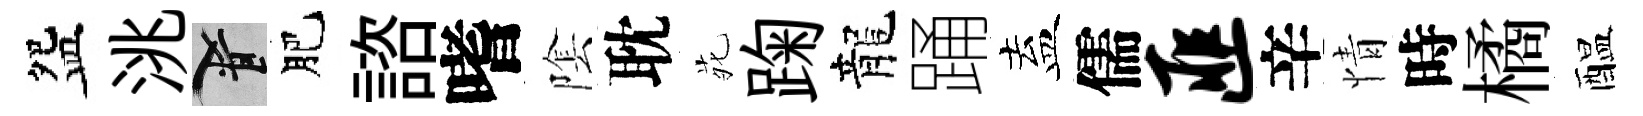
盌洮柳肥諮嗜隂耽𫟍踘龍踊盍儒匪辛情時橘醖